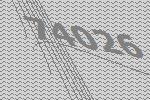
74026